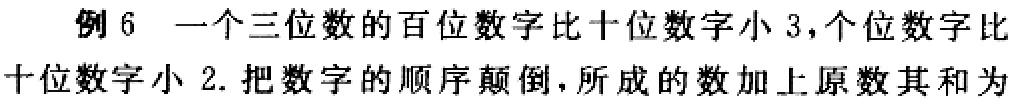
例 6 一个三位数的百位数字比十位数字小 3，个位数字比十位数字小 2. 把数字的顺序颠倒，所成的数加上原数其和为